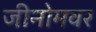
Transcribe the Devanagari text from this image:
जीनोमवर